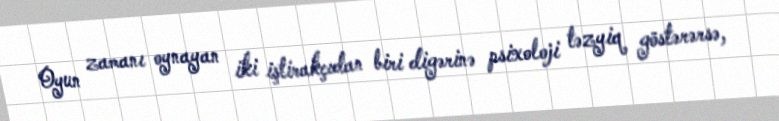
Oyun zamanı oynayan iki iştirakçıdan biri digərinə psixoloji təzyiq göstərərsə,